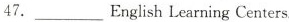
47.___English Learning Centers.